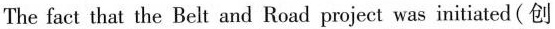
The fact that the Belt and Road project was initiated (创